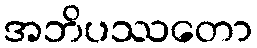
အဘိပဿတော